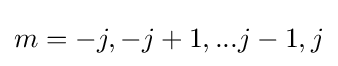
m=-j,-j+1,...j-1,j